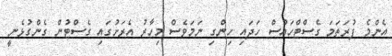
އެންމެ ފުރަތަމަ ގެސްޓްހައުސް ހަދައި ހިންގި ނަމަވެސް މިހާރު އެރަށުގައި ގެސްޓުން ގެންގުޅެނީ